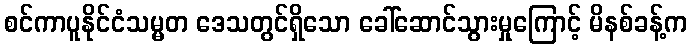
စင်ကာပူနိုင်ငံသမ္မတ ဒေသတွင်ရှိသော ခေါ်ဆောင်သွားမှုကြောင့် မိနစ်ခန့်က